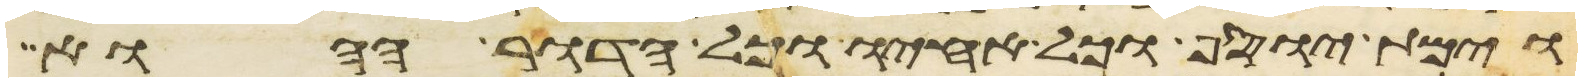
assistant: וימת יוסף וכל אחיו וכל הדור ההוא